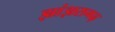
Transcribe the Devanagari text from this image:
झांझरागढ़